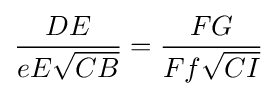
{\frac {DE}{eE{\sqrt {CB}}}}={\frac {FG}{Ff{\sqrt {CI}}}}